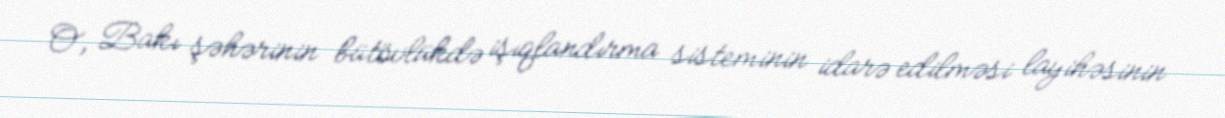
O, Bakı şəhərinin bütövlükdə işıqlandırma sisteminin idarə edilməsi layihəsinin